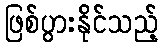
ဖြစ်ပွားနိုင်သည့်